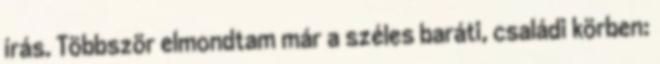
írás. Többször elmondtam már a széles baráti, családi körben: